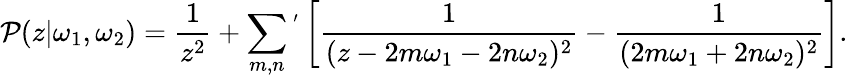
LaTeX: {\cal P}(z|\omega_{1},\omega_{2})=\frac{1}{z^{2}}+\sum_{m,n}{}^{'}\left[\frac{1}{(z-2m\omega_{1}-2n\omega_{2})^{2}}-\frac{1}{(2m\omega_{1}+2n\omega_{2})^{2}}\right].